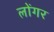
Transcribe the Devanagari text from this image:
लोंगर